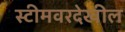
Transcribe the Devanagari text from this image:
स्टीमवरदेखील